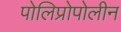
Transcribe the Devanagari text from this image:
पोलिप्रोपोलीन